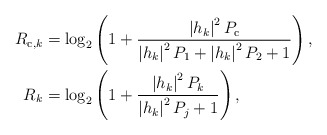
\begin{align*}\begin{aligned}R_{\mathrm{c},k}&=\log_{2}\left(1+\frac{\left|h_{k}\right|^{2}P_{\mathrm{c}}}{\left|h_{k}\right|^{2}P_1+\left|h_{k}\right|^{2}P_2+1}\right),\\R_{k}&=\log_{2}\left(1+\frac{\left|h_{k}\right|^{2}P_k}{\left|h_{k}\right|^{2}P_j+1}\right),\end{aligned}\end{align*}